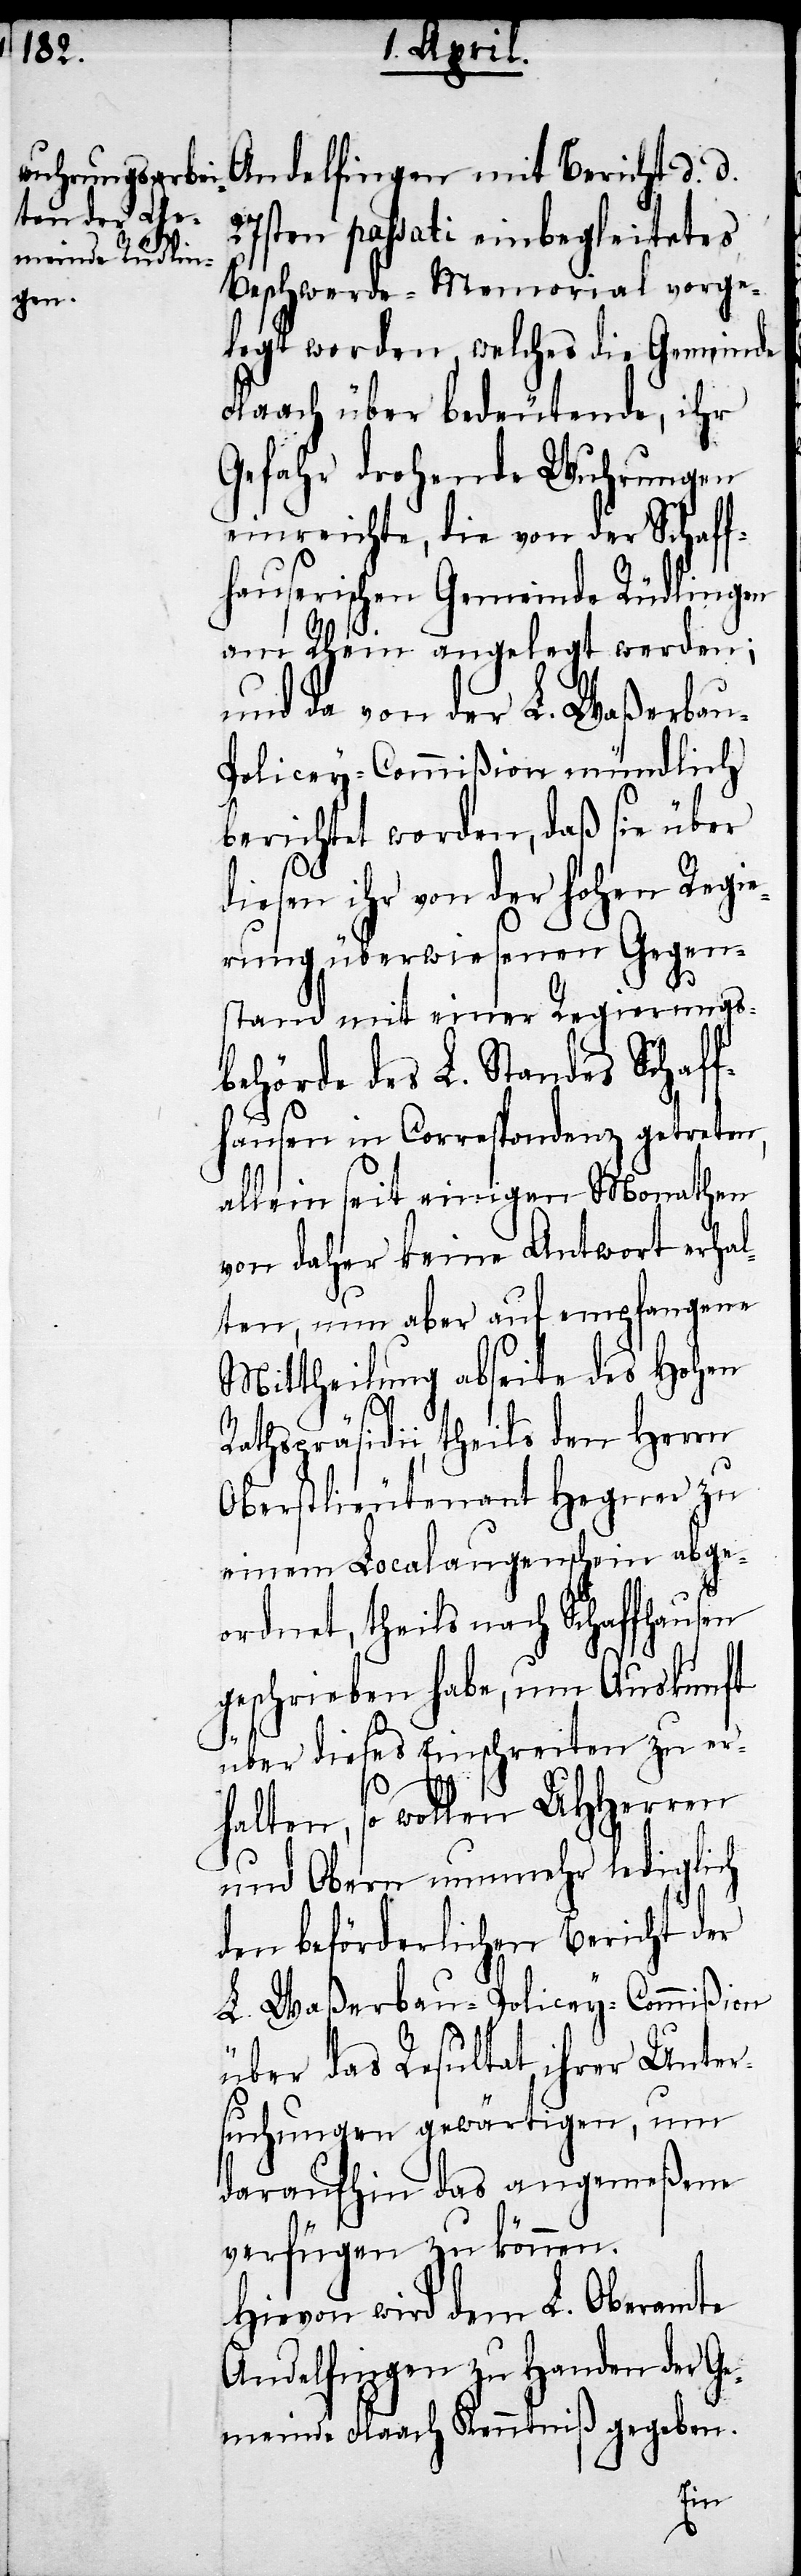
Andelfingen mit Bericht d. d.
27sten passati einbegleitetes
Beschwerde-Memorial vorge¬
legt werden, welches die Gemeinde
Flaach über bedeutende, ihr
Gefahr drohende Wuhrungen
einreichte, die von der Schaff¬
hauserischen Gemeinde Rüdlingen
am Rhein angelegt werden;
und da von der L. Waßerba¬
u-Policey-Commißion mündlich
berichtet worden, daß sie über
diesen ihr von der hohen Regie¬
rung überwiesenen Gegen¬
stand mit einer Regierungs¬
behörde des L. Standes Schaff¬
hausen in Correspondenz getreten,
allein seit einigen Monathen
von daher keine Antwort erha¬
lten, nun aber auf empfangene
Mittheilung abseite des Hohen
Rathspräsidii, theils den Herrn
Oberstlieutenant Hegner zu
einem Localaugenschein abge¬
ordnet, theils nach Schaffhausen
geschrieben habe, um Auskunft
über dieses Einschreiten zu er¬
halten, so wollen UHHerren
und Obern nunmehr lediglich
den beförderlichen Bericht der
L. Waßerbau-Policey-Commißion
über das Resultat ihrer Unter¬
suchungen gewärtigen, um
daraufhin das angemeßene
verfügen zu können.
Hievon wird dem L. Oberamte
Andelfingen zu Handen der Ge¬
meinde Flaach Kenntniß gegeben.